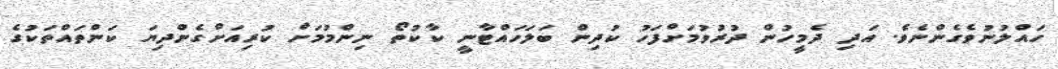
ހައްލުނުވެގެންނެވެ. އަދި ދެމީހުން ދުރުވުމަށްފަހު ކުދިން ބަލަހައްޓާނީ ކާކުތޯ ނިންމުމަށް ކުރިއަށްގެންދިޔަ ކަންތައްތަކުގެ